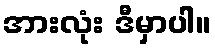
အားလုံး ဒီမှာပါ။